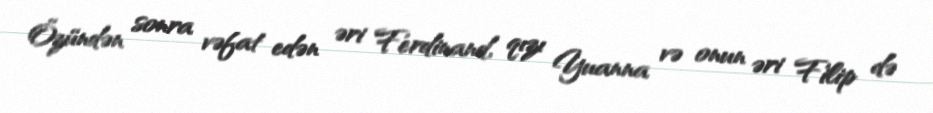
Özündən sonra vəfat edən əri Ferdinand, qızı Yuanna və onun əri Filip də